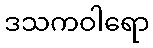
ဒသကဝါရော